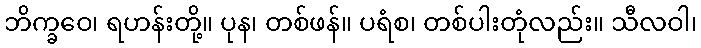
ဘိက္ခဝေ၊ ရဟန်းတို့။ ပုန၊ တစ်ဖန်။ ပရံစ၊ တစ်ပါးတုံလည်း။ သီလဝါ၊